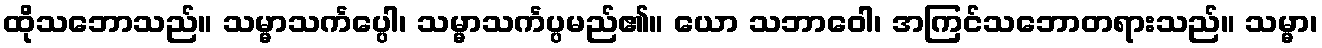
ထိုသဘောသည်။ သမ္မာသင်္ကပ္ပေါ၊ သမ္မာသင်္ကပ္ပမည်၏။ ယော သဘာဝေါ၊ အကြင်သဘောတရားသည်။ သမ္မာ၊